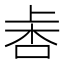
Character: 𣑾